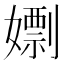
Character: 𡢱